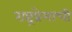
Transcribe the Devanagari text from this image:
राष्ट्रप्रेमाची